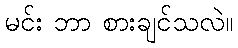
မင်း ဘာ စားချင်သလဲ။